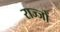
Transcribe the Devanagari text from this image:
राज्जों